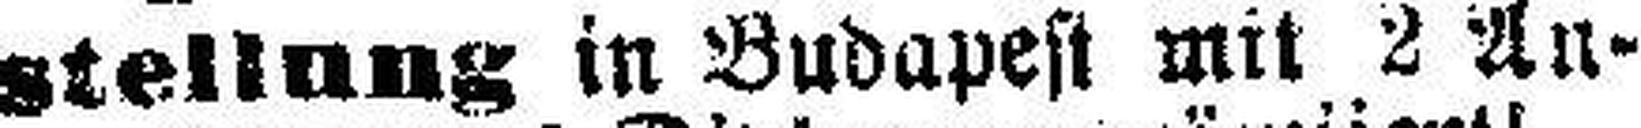
stellung in Budapest mit 2 An¬